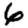
Digit: 6